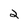
Character: 2